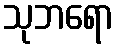
သုဘရော